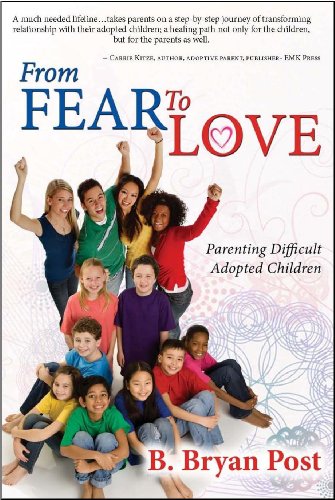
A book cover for From Fear To Love; Bryan Post; Parenting & Relationships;